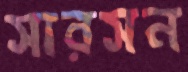
সারসন